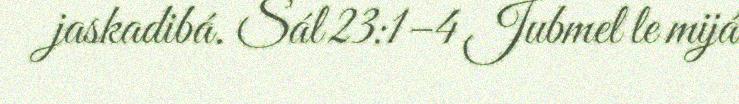
jaskadibá. Sál 23:1–4 Jubmel le mijá